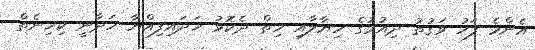
އެންމެ ފަހު ވަގުތު ދިއުމުގެ ހިޔާލާއި ހިތް ދެކޮޅު ހަދައިފިއްޔާ ހަދާނީ ކިހިނެތް